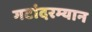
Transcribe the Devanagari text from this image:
गटांदरम्यान